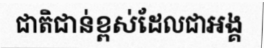
ជាតិជាន់ខ្ពស់ដែលជាអង្គ